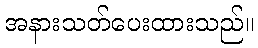
အနားသတ်ပေးထားသည်။